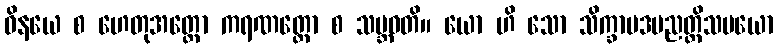
ဝိနယေ စ ဟေတုအတ္ထော ကရဏတ္ထော စ သမ္ဘဝတိ။ ယော ဟိ သော သိက္ခာပဒပညတ္တိသမယော